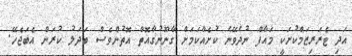
އަދި ޓެރަރިޒަމްކުށަކީ މައާފް ނުދެވޭނެ ކުށެއްކަމަށް ގާނޫނުގާއޮތް އޮތުންވެސް ބަދަލު ކުރަން އެބަޖެހޭ.